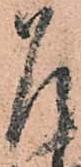
召